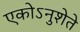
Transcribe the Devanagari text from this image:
एकोऽनुशेते